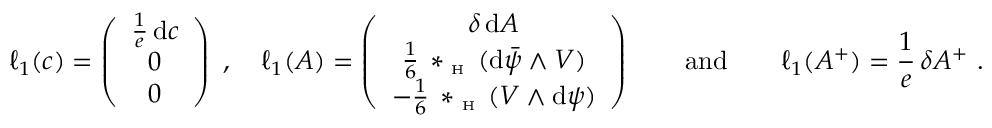
\ell _ { 1 } ( c ) = \left( \begin{array} { c } { \frac { 1 } { e } \, \mathrm { d } c } \\ { 0 } \\ { 0 } \end{array} \right) \ , \quad \ell _ { 1 } ( { \cal A } ) = \left( \begin{array} { c } { \delta \, \mathrm { d } A } \\ { \frac 1 6 \, \ast _ { \textrm { \tiny H } } ( \mathrm { d } \bar { \psi } \wedge V ) } \\ { - \frac 1 6 \, \ast _ { \textrm { \tiny H } } ( V \wedge \mathrm { d } \psi ) } \end{array} \right) { \qquad \mathrm { a n d } \qquad } \ell _ { 1 } ( { \cal A } ^ { + } ) = \frac 1 e \, \delta A ^ { + } \ .